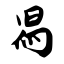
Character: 舄